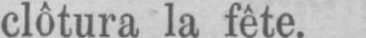
clôtura la fête.